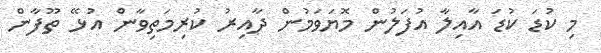
މި ކުޑަ ކުޑަ އާއިލާ އުފަލުން މޮޔަވަމުން ދާއިރު ކުރިމަތިވާން އުޅޭ ތޫފާން